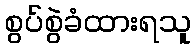
စွပ်စွဲခံထားရသူ